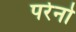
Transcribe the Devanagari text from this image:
पर्रेनो